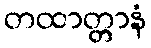
တထာတ္တာနံ